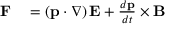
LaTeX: \begin{array} { r l } { \mathbf { F } } & { { } = \left( \mathbf { p } \cdot \nabla \right) \mathbf { E } + { \frac { d \mathbf { p } } { d t } } \times \mathbf { B } } \end{array}